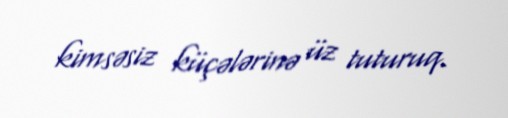
kimsəsiz küçələrinə üz tuturuq.